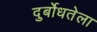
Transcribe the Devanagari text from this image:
दुर्बोधतेला